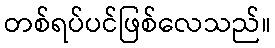
တစ်ရပ်ပင်ဖြစ်လေသည်။